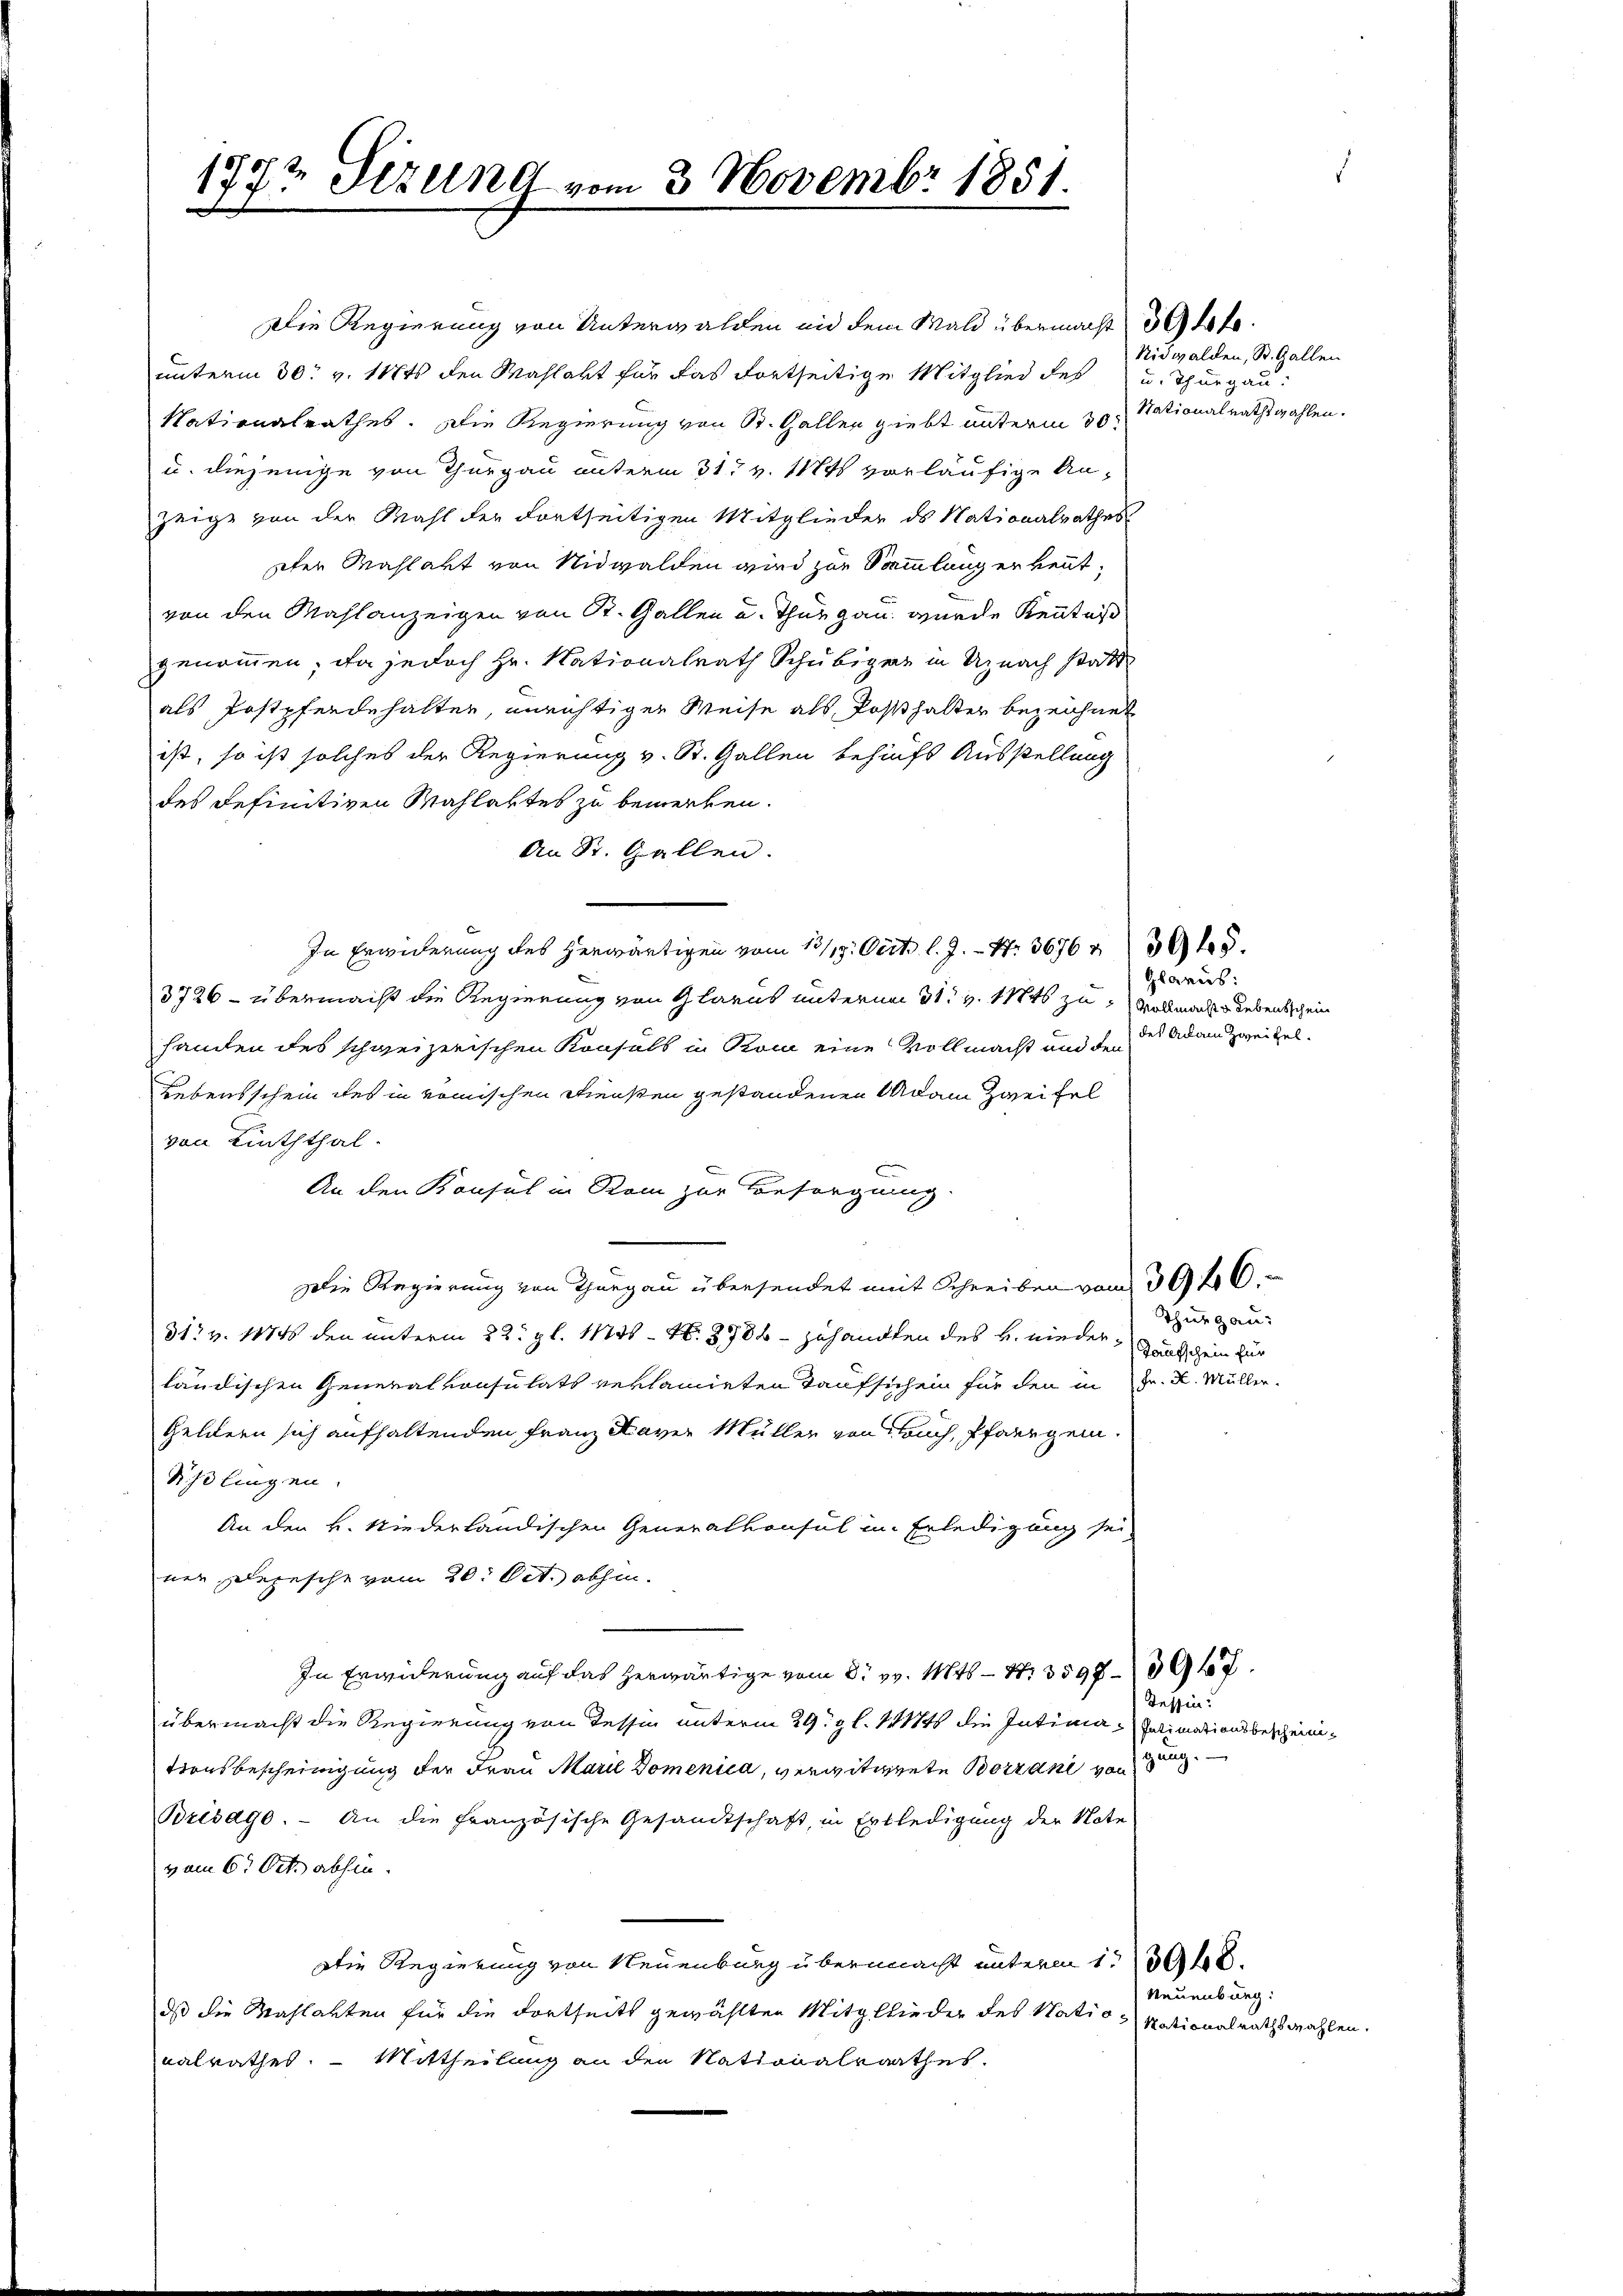
1772 Sirung vom 3. Novembr 1851.

Die Regierung von Unterwalden und dem Wald übermacht Atteunterm 30. v. 117ts den Mahlakt für das fortseitige Mitglied des u. Thurgau:
Nationalrathes. Die Regierung von St. Gallen giebt unterm 30.
u. diejenige von Thurgau unterm 31t v. Mts. vorläufige An-
zeige von der Mahl der dortseitigen Mitglieder ds Nationalrathes
eter Mahlakt von Nidwalden wird zur Sammlung erkennt,
von den Mahlanzeigen von St. Gallen u. Thurgau wurde Kenntnis
genommen, da jedoch Hr. Nationalrath Schubiger in Uznach statt
als Postpferdehalten, unrichtiger Weise als Posthalter bezeichnet
ist, so ist solches der Regierung v. St. Gallen behufs Ausstellung
des definitiven Wahlartes zu bemerken.
An St. Gallen.
In Erwiderung des herwärtigen vom 13/19. Oct. l. J. N. 3676 n 395.
3726 - übermacht die Regierung von Glarus unterm 31. v. 1846 zu Vollmache Lebensschein
handen des schweizerischen Konsuls in Rom eine Vollmacht und den
Lebensschein des in römischen Diensten gestandenen Mann Zweifel
von Linththal.
An den Konsul in Rom zur Besorgung.
Die Regierung von Thurgau übersendet mit Schreiben vom 3046.
31. v. 1874 den unterm 22. gl. 1126 - 16. 8984 zuhandlen des H. niederländischen Generalkonsulats reklamirten Taufsich ein für den in Fr. K. Müller.
Geldern sich aufhaltenden Franz Kaver Müller von Fruch, Pfarrgem
Sißlingen
An den K. Niederländischen Generalkonsul in Erledigung sei,
ner Depesche vom 20. Oct. abhin.
In Erwiderung auf das herwärtige vom 2. v. 146 - 4. 3598. 592.
übermacht die Regierung von dessin unterm 29t 9 l. 1186 die Intima-Potimationsbescheinitionsbescheinigung der Frau Marie Domenica, verwitwete Botzen von zug
Brésage. – An die Französische Gesandtschaft, in Erbledigung der Note
vom 6ten Octo abhin
Die Regierung von Neuenburg übermacht unterm 1. 398.
dass die Wahlarten für die dortseits gewählten Mitglieder des Natio
nalrathes. — Mittheilung an den Nationalrathes.

Nidwalden, St. Gallen
Stationalrathswahlen.

Glarus:
des Adam Zweifel.

Thurgau:
Taufschein für

Tessin.

Neuenburg:
Nationalrathswahlen.